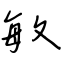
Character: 敏